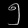
Digit: ၅